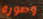
وصورة